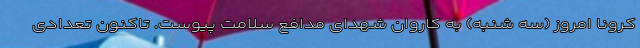
کرونا امروز (سه شنبه) به کاروان شهدای مدافع سلامت پیوست. تاکنون تعدادی